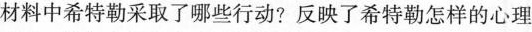
材料中希特勒采取了哪些行动?反映了希特勒怎样的心理